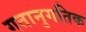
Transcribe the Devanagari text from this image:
गतानुगतिक